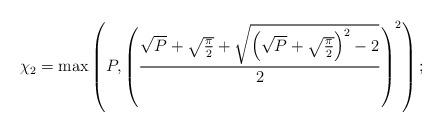
LaTeX: \begin{align*} \chi_2 = \max\left(P,\left(\frac{\sqrt{P} + \sqrt{\frac{\pi}{2}} + \sqrt{\left(\sqrt{P} + \sqrt{\frac{\pi}{2}}\right)^2-2}}{2}\right)^2\right); \end{align*}